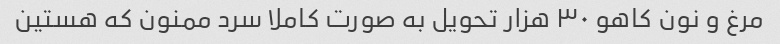
مرغ و نون کاهو ۳۰ هزار تحویل به صورت کاملا سرد ممنون که هستین